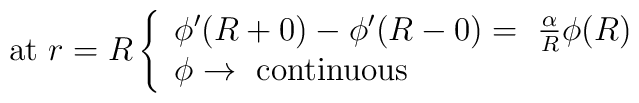
{\rm at}\ r=R\left\{ \begin{array}{ll}\phi '(R+0) - \phi '(R-0) =\ \frac{\alpha}{R}\phi (R)\\  \phi\rightarrow \ {\rm continuous} \end{array} \right.